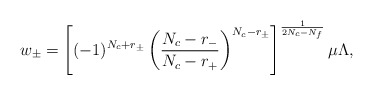
\begin{align*}w_\pm = \left[ (-1)^{N_c+r_\pm} \left( \frac{N_c-r_-}{N_c-r_+} \right)^{N_c-r_\pm} \right]^{\frac{1}{2N_c-N_f}} \mu \Lambda,\end{align*}